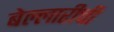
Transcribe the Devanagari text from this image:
बेल्लारीची